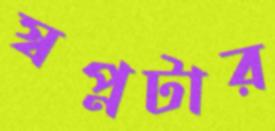
স্বপ্নটার